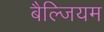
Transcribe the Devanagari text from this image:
बैल्जियम